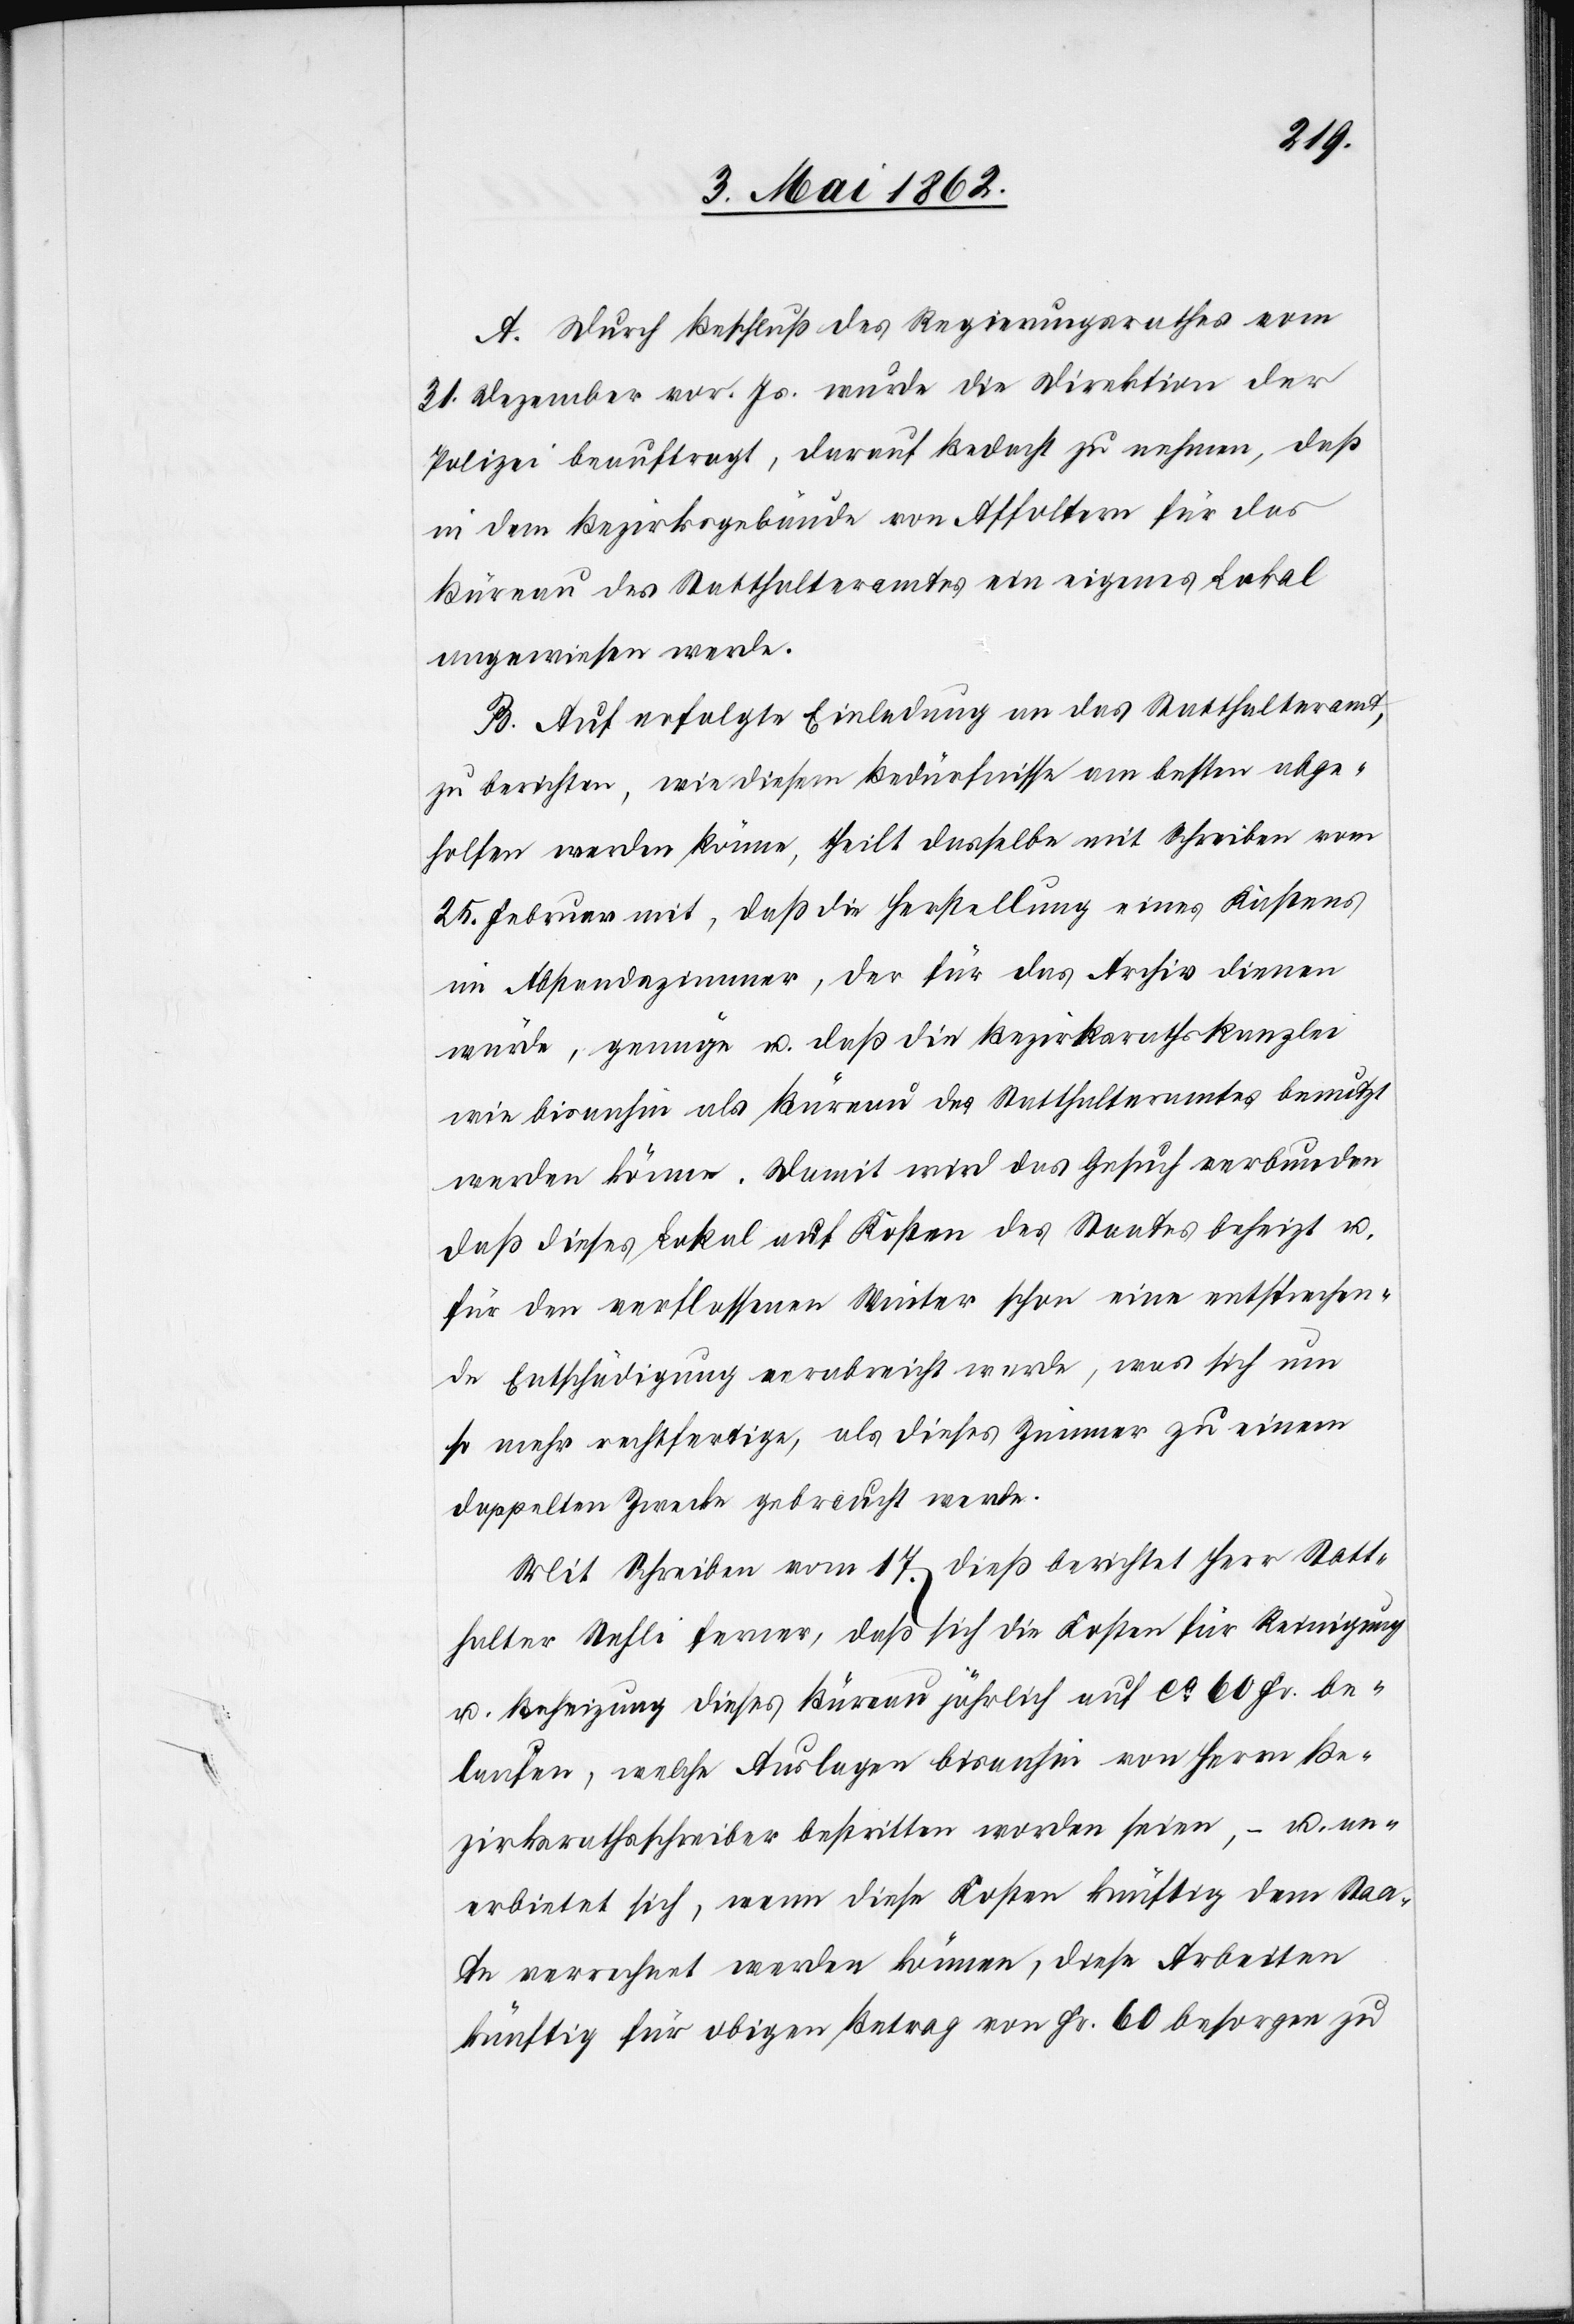
A. Durch Beschluß des Regierungsrathes vom
31. Dezember vor. Js. wurde die Direktion der
Polizei beauftragt, darauf Bedacht zu nehmen, daß
in dem Bezirksgebäude von Affoltern für das
Büreau des Statthalteramtes ein eigenes Lokal
angewiesen werde.
B. Auf erfolgte Einladung an das Statthalteramt,
zu berichten, wie diesem Bedürfnisse am besten abge¬
holfen werden könne, theilt derselbe mit Schreiben vom
25. Februar mit, daß die Herstellung eines Kastens
im Abstandszimmer, der für das Archiv dienen
würde, genüge u. daß die Bezirksrathskanzlei
wie bisanhin als Büreau des Statthalteramtes benutzt
werden könne. Damit wird das Gesuch verbunden
daß dieses Lokal auf Kosten des Staates beheizt u.
für den verflossenen Winter schon eine entsprechen¬
de Entschädigung verabreicht werde, was sich um
so mehr rechtfertige, als dieses Zimmer zu einem
doppelten Zwecke gebraucht werde.
Mit Schreiben vom 17. dieß berichtet Herr Statt¬
halter Stehli ferner, daß sich die Kosten für Reinigung
u. Beheizung dieses Büreau jährlich auf ca. 60 Fr. be¬
laufen, welche Auslagen bisanhin von Herrn Be¬
zirksrathsschreiber bestritten worden seien, – u. an¬
erbietet sich, wenn diese Kosten künftig dem Staa¬
te verrechnet werden können, diese Arbeiten
künftig für obigen Betrag von Fr. 60 besorgen zu